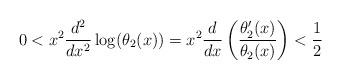
LaTeX: \begin{align*}0 < x^2 \frac{d^2}{dx^2} \log(\theta_2(x)) = x^2 \frac{d}{dx} \left(\frac{\theta_2'(x)}{\theta_2(x)}\right)< \frac{1}{2}\end{align*}